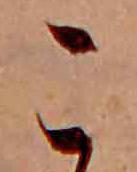
こ